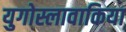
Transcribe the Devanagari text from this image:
युगोस्लावाकिया